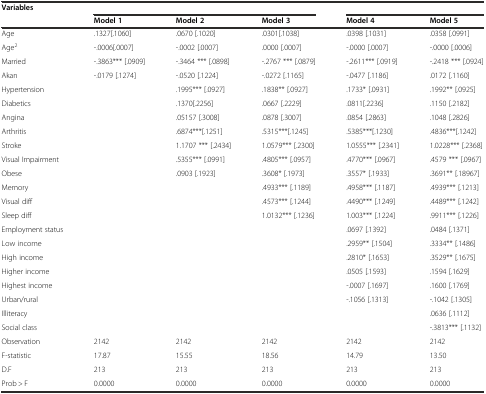
<table><thead><tr><td><b>Variables</b></td><td colspan="3"></td><td colspan="2"></td></tr><tr><td></td><td><b>Model 1</b></td><td><b>Model 2</b></td><td><b>Model 3</b></td><td><b>Model 4</b></td><td><b>Model 5</b></td></tr></thead><tbody><tr><td>Age</td><td>.1327[.1060]</td><td>.0670 [.1020]</td><td>.0301[.1038]</td><td>.0398 [.1031]</td><td>.0358 [.0991]</td></tr><tr><td>Age<sup>2</sup></td><td>-.0006[.0007]</td><td>-.0002 [.0007]</td><td>.0000 [.0007]</td><td>-.0000 [.0007]</td><td>-.0000 [.0006]</td></tr><tr><td>Married</td><td>-.3863*** [.0909]</td><td>-.3464 *** [.0898]</td><td>-.2767 *** [.0879]</td><td>-.2611*** [.0919]</td><td>-.2418 *** [.0924]</td></tr><tr><td>Akan</td><td>-.0179 [.1274]</td><td>-.0520 [.1224]</td><td>-.0272 [.1165]</td><td>-.0477 [.1186]</td><td>.0172 [.1160]</td></tr><tr><td>Hypertension</td><td></td><td>.1995*** [.0927]</td><td>.1838** [.0927]</td><td>.1733* [.0931]</td><td>.1992** [.0925]</td></tr><tr><td>Diabetics</td><td></td><td>.1370[.2256]</td><td>.0667 [.2229]</td><td>.0811[.2236]</td><td>.1150 [.2182]</td></tr><tr><td>Angina</td><td></td><td>.05157 [.3008]</td><td>.0878 [.3007]</td><td>.0854 [.2863]</td><td>.1048 [.2826]</td></tr><tr><td>Arthritis</td><td></td><td>.6874***[.1251]</td><td>.5315***[.1245]</td><td>.5385***[.1230]</td><td>.4836***[.1242]</td></tr><tr><td>Stroke</td><td></td><td>1.1707 *** [.2434]</td><td>1.0579*** [.2300]</td><td>1.0555*** [.2341]</td><td>1.0228*** [.2368]</td></tr><tr><td>Visual Impairment</td><td></td><td>.5355*** [.0991]</td><td>.4805*** [.0957]</td><td>.4770*** [.0967]</td><td>.4579 *** [.0967]</td></tr><tr><td>Obese</td><td></td><td>.0903 [.1923]</td><td>.3608* [.1973]</td><td>.3557* [.1933]</td><td>.3691** [.18967]</td></tr><tr><td>Memory</td><td></td><td></td><td>.4933*** [.1189]</td><td>.4958*** [.1187]</td><td>.4939*** [.1213]</td></tr><tr><td>Visual diff</td><td></td><td></td><td>.4573*** [.1244]</td><td>.4490*** [.1249]</td><td>.4489*** [.1242]</td></tr><tr><td>Sleep diff</td><td></td><td></td><td>1.0132*** [.1236]</td><td>1.003*** [.1224]</td><td>.9911*** [.1226]</td></tr><tr><td>Employment status</td><td></td><td></td><td></td><td>.0697 [.1392]</td><td>.0484 [.1371]</td></tr><tr><td>Low income</td><td></td><td></td><td></td><td>.2959** [.1504]</td><td>.3334** [.1486]</td></tr><tr><td>High income</td><td></td><td></td><td></td><td>.2810* [.1653]</td><td>.3529** [.1675]</td></tr><tr><td>Higher income</td><td></td><td></td><td></td><td>.0505 [.1593]</td><td>.1594 [.1629]</td></tr><tr><td>Highest income</td><td></td><td></td><td></td><td>-.0007 [.1697]</td><td>.1600 [.1769]</td></tr><tr><td>Urban/rural</td><td></td><td></td><td></td><td>-.1056 [.1313]</td><td>-.1042 [.1305]</td></tr><tr><td>Illiteracy</td><td></td><td></td><td></td><td></td><td>.0636 [.1112]</td></tr><tr><td>Social class</td><td></td><td></td><td></td><td></td><td>-.3813*** [.1132]</td></tr><tr><td>Observation</td><td>2142</td><td>2142</td><td>2142</td><td>2142</td><td>2142</td></tr><tr><td>F-statistic</td><td>17.87</td><td>15.55</td><td>18.56</td><td>14.79</td><td>13.50</td></tr><tr><td>D.F</td><td>213</td><td>213</td><td>213</td><td>213</td><td>213</td></tr><tr><td>Prob &gt; F</td><td>0.0000</td><td>0.0000</td><td>0.0000</td><td>0.0000</td><td>0.0000</td></tr></tbody></table>